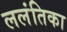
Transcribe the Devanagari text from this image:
ललंतिका